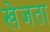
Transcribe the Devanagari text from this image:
खेजता